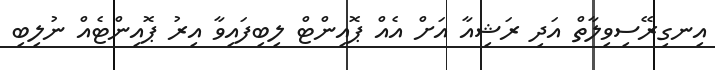
އިނގިރޭސިވިލާތް އަދި ރަޝިއާ އަށް އެއް ޕޮއިންޓް ލިބިފައިވާ އިރު ޕޮއިންޓެއް ނުލިބި